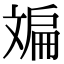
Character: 斒